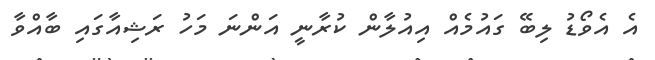
އެ އެވޯޑު ލިބޭ ގައުމެއް އިއުލާން ކުރާނީ އަންނަ މަހު ރަޝިއާގައި ބާއްވާ